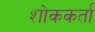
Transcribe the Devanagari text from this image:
शोककर्ता